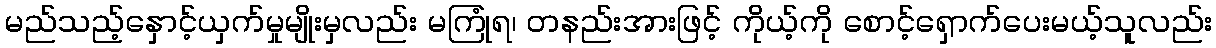
မည်သည့်နှောင့်ယှက်မှုမျိုးမှလည်း မကြုံရ၊ တနည်းအားဖြင့် ကိုယ့်ကို စောင့်ရှောက်ပေးမယ့်သူလည်း